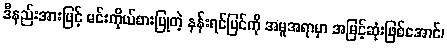
ဒီနည်းအားဖြင့် မင်းကိုယ်စားပြုတဲ့ နန်းရင်ပြင်ကို အမူအရာမှာ အမြင့်ဆုံးဖြစ်အောင်၊